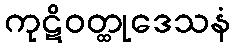
ကုဋိဝတ္ထုဒေသနံ